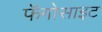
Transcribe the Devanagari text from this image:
फॅगोसाइट